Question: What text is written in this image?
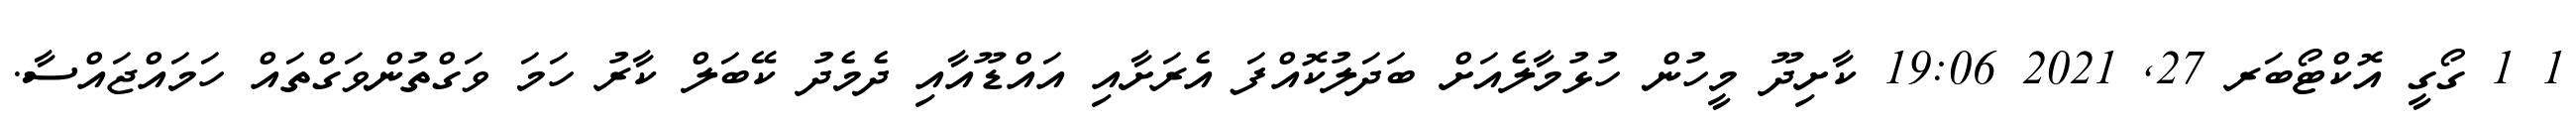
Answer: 1 1 ގޯގީ އޮކްޓޯބަރ 27, 2021 19:06 ކާށިދޫ މީހުން ހުޅުމާލެއަށް ބަދަލުކޮއްފަ އެރަށާއި އައްޑޫއާއި ދެމެދު ކޭބަލް ކާރު ހަމަ ވަގްތުންވަގްތައް ހަމައްޖައްސާ.